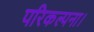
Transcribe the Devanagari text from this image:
परिकल्पना।